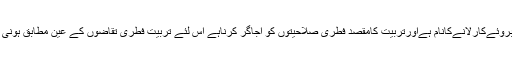
شہیدمطہری کےبقول تربیّت چونکہ فطری صلاحیّتوں کوبروئےکارلانےکانام ہےاورتربیّت کامقصد فطری صلاحیّتوں کو اجاگر کرناہے اس لئے تربیّت فطری تقاضوں کے عین مطابق ہونی چاہیے اورطاقت و زبردستی کے ساتھ یہ کام ممکن نہیں ۔